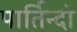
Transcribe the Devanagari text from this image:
पार्तिन्दो